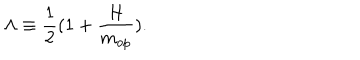
LaTeX: \Lambda \equiv \frac { 1 } { 2 } ( 1 + \frac { { \cal H } } { m _ { o p } } ) .